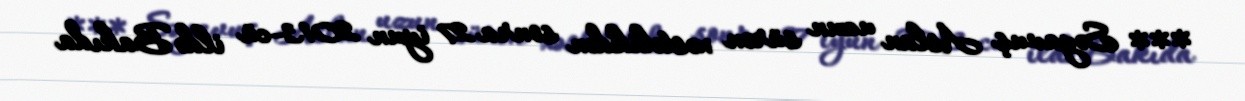
*** Səyavuş Aslan uzun sürən xəstəlikdən sonra 27 iyun 2013-cü ildə Bakıda